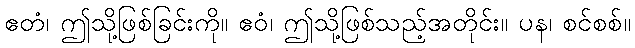
ဧတံ၊ ဤသို့ဖြစ်ခြင်းကို။ ဧဝံ၊ ဤသို့ဖြစ်သည့်အတိုင်း။ ပန၊ စင်စစ်။